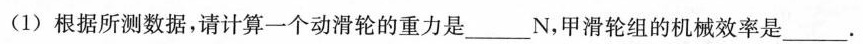
(1) 根据所测数据，请计算一个动滑轮的重力是___N，甲滑轮组的机械效率是___